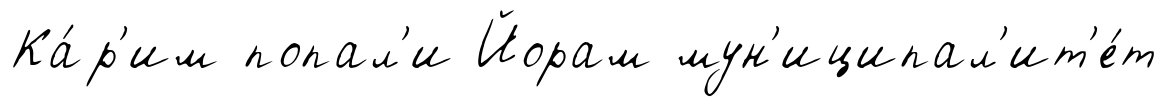
Ка́р'им попал'и Йорам мун'иципал'ит'е́т